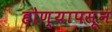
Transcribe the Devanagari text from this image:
होण्यापसून